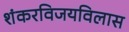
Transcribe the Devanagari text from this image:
शंकरविजयविलास